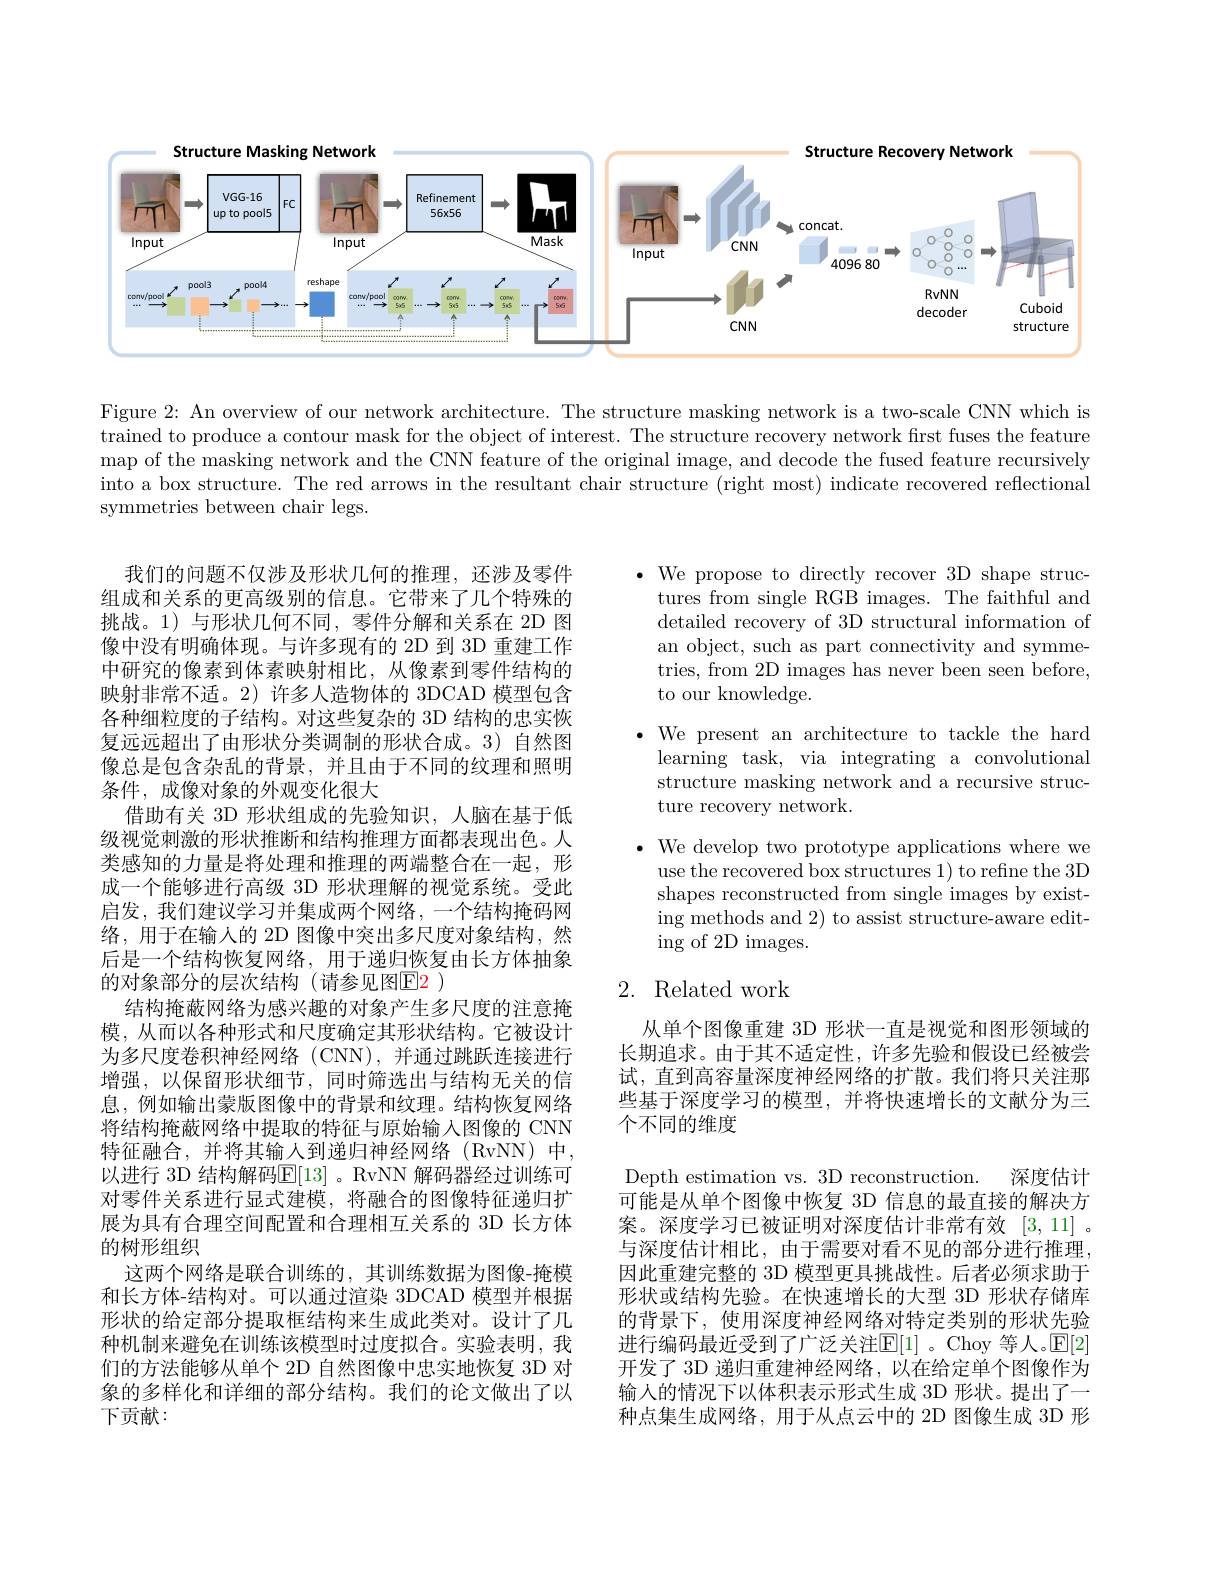
<FigureHere>

Figure 2: An overview of our network architecture. The structure masking network is a two-scale CNN which is trained to produce a contour mask for the object of interest. The structure recovery network first fuses the feature $\begin{aligned}\text{map of the masking network and the CNN feature of the original image, and decode the fused feature recursively}\end{aligned}$ into a box structure. The red arrows in the resultant chair structure (right most) indicate recovered reflectional symmetries between chair legs.

$\bullet$ We propose to directly recover 3D shape struc-
tures from single RGB images. The faithful and detailed recovery of 3D structural information of an object, such as part connectivity and symmetries, from 2D images has never been seen before, to our knowledge.

$\bullet$ We present an architecture to tackle the hard learning task, via integrating a convolutional structure masking network and a recursive structure recovery network.

$\bullet$ We develop two prototype applications where we
use the recovered box structures 1) to refine the 3D shapes reconstructed from single images by existing methods and 2) to assist structure-aware editing of 2D images.

# 2. Related work

我们的问题不仅涉及形状几何的推理，还涉及零件组成和关系的更高级别的信息。它带来了几个特殊的挑战。1)与形状几何不同，零件分解和关系在 2D 图像中没有明确体现。与许多现有的 2D 到 3D 重建工作中研究的像素到体素映射相比，从像素到零件结构的映射非常不适。2) 许多人造物体的 3DCAD 模型包含各种细粒度的子结构。对这些复杂的 3D 结构的忠实恢复远远超出了由形状分类调制的形状合成。3)自然图像总是包含杂乱的背景，并且由于不同的纹理和照明条件，成像对象的外观变化很大
借助有关 3D 形状组成的先验知识，人脑在基于低级视觉刺激的形状推断和结构推理方面都表现出色。人类感知的力量是将处理和推理的两端整合在一起，形成一个能够进行高级 3D 形状理解的视觉系统。受此启发，我们建议学习并集成两个网络，一个结构掩码网络，用于在输入的 2D 图像中突出多尺度对象结构，然后是一个结构恢复网络，用于递归恢复由长方体抽象的对象部分的层次结构(请参见图E2 )
结构掩蔽网络为感兴趣的对象产生多尺度的注意掩模，从而以各种形式和尺度确定其形状结构。它被设计为多尺度卷积神经网络(CNN),并通过跳跃连接进行增强，以保留形状细节，同时筛选出与结构无关的信息，例如输出蒙版图像中的背景和纹理。结构恢复网络将结构掩蔽网络中提取的特征与原始输入图像的 CNN 特征融合，并将其输人到递归神经网络(RvNN)中， 以进行 3D 结构解码$\mathbb{E}[13]$ 。RvNN 解码器经过训练可对零件关系进行显式建模，将融合的图像特征递归扩展为具有合理空间配置和合理相互关系的 3D 长方体的树形组织
这两个网络是联合训练的，其训练数据为图像-掩模和长方体-结构对。可以通过渲染 3DCAD 模型并根据形状的给定部分提取框结构来生成此类对。设计了几种机制来避免在训练该模型时过度拟合。实验表明，我们的方法能够从单个 2D 自然图像中忠实地恢复 3D 对象的多样化和详细的部分结构。我们的论文做出了以下贡献：

从单个图像重建 3D 形状一直是视觉和图形领域的长期追求。由于其不适定性，许多先验和假设已经被尝试，直到高容量深度神经网络的扩散。我们将只关注那些基于深度学习的模型，并将快速增长的文献分为三个不同的维度

Depth estimation vs. 3D reconstruction. 深度估计可能是从单个图像中恢复 3D 信息的最直接的解决方案。深度学习已被证明对深度估计非常有效[3,11]。与深度估计相比，由于需要对看不见的部分进行推理， 因此重建完整的 3D 模型更具挑战性。后者必须求助于形状或结构先验。在快速增长的大型 3D 形状存储库的背景下，使用深度神经网络对特定类别的形状先验进行编码最近受到了广泛关注$\mathbb{E}[1]$。Choy 等人。$\mathbb{E}[2]$ 开发了 3D 递归重建神经网络，以在给定单个图像作为输入的情况下以体积表示形式生成 3D 形状。提出了一种点集生成网络，用于从点云中的 2D 图像生成 3D 形